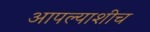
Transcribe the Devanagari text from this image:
आपल्याशीच